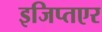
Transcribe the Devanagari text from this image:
इजिप्तएर